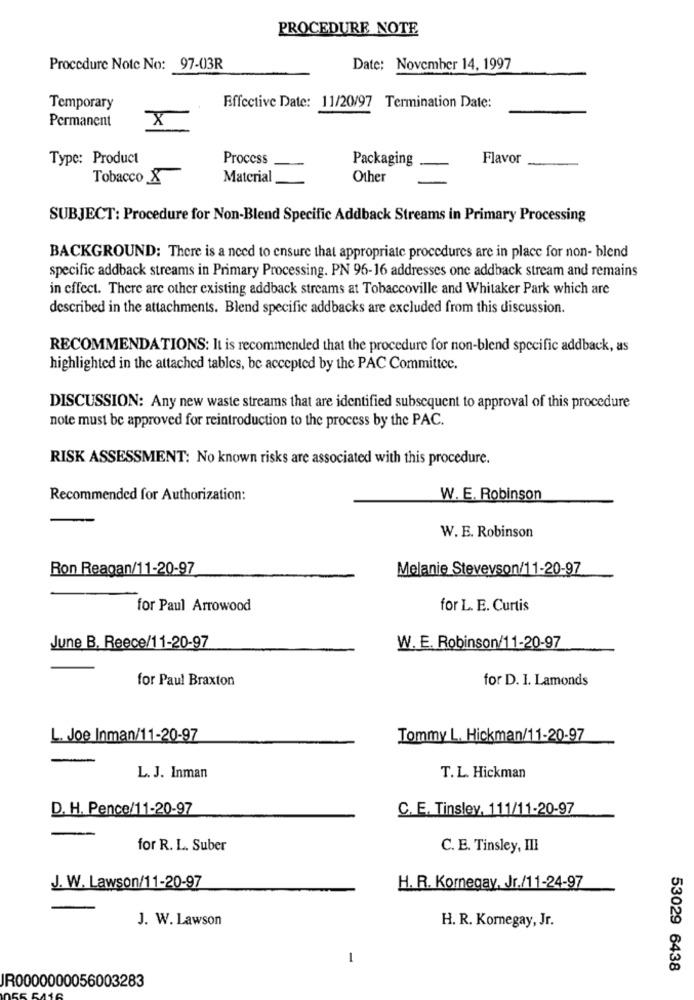
PROCEDURE NOTE
Procedure Note No: 97-03R
Date: November 14, 1997
Temporary
Effective Date: 11/20/97 Termination Date:
Permanent
x
Type: Product
Process
Packaging
Flavor
Tobacco
Material
Other
SUBJECT: Procedure for Non-Blend Specific Addback Streams in Primary Processing
BACKGROUND: There is a need to ensure that appropriate procedures are in place for non- blend
specific addback streams in Primary Processing. PN 96-16 addresses one addback stream and remains
in effect. There are other existing addback streams at Tobaccoville and Whitaker Park which are
described in the attachments. Blend specific addbacks are excluded from this discussion.
RECOMMENDATIONS: It is recommended that the procedure for non-blend specific addback, as
highlighted in the attached tables, be accepted by the PAC Committec.
DISCUSSION: Any new waste streams that are identified subsequent to approval of this procedure
note must be approved for reintroduction to the process by the PAC.
RISK ASSESSMENT: No known risks are associated with this procedure.
Recommended for Authorization:
W. E. Robinson
W. E. Robinson
Ron Reagan/11-20-97
Melanie Stevevson/11-20-97
for Paul Arrowood
for L. E. Curtis
June B. Reece/11-20-97
W. E. Robinson/11-20-97
for Paul Braxton
for D. I. Lamonds
L. Joe Inman/11-20-97
Tommy L. Hickman/11-20-97
L. J. Inman
T. L. Hickman
D. H. Pence/11-20-97
C. E. Tinsley, 111/11-20-97
for R. L. Suber
C. E. Tinsley, III
J. W. Lawson/11-20-97
H. R. Kornegay, Jr./11-24-97
J. W. Lawson
H. R. Kornegay, Jr.
1
53029 6438
JR0000000056003283